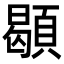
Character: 䫘